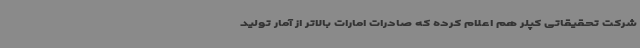
شرکت تحقیقاتی کپلر هم اعلام کرده که صادرات امارات بالاتر از آمار تولید